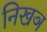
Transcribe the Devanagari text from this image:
निखञ